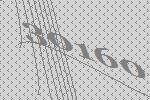
30160